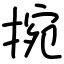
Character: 捥